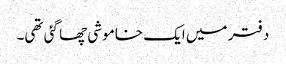
دفتر میں ایک خاموشی چھا گئی تھی۔